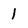
Character: 1